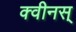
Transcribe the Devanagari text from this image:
क्वीनस्